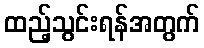
ထည့်သွင်းရန်အတွက်